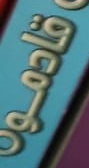
قادمو